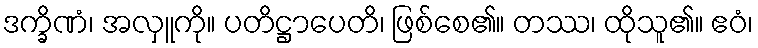
ဒက္ခိဏံ၊ အလှူကို။ ပတိဋ္ဌာပေတိ၊ ဖြစ်စေ၏။ တဿ၊ ထိုသူ၏။ ဧဝံ၊